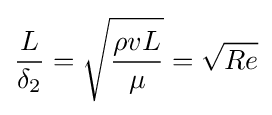
{L \over \delta _{2}}={\sqrt {\rho vL \over \mu }}={\sqrt {Re}}